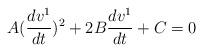
LaTeX: \begin{align*}A(\frac{dv^1}{dt})^2+2B\frac{dv^1}{dt}+C=0\end{align*}